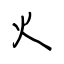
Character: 火